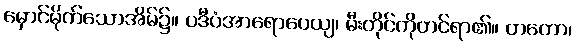
မှောင်မိုက်သောအိမ်၌။ ပဒီပံအာရောပေယျ၊ မီးတိုင်ကိုတင်ရာ၏။ တတော၊